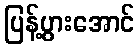
ပြန့်ပွားအောင်